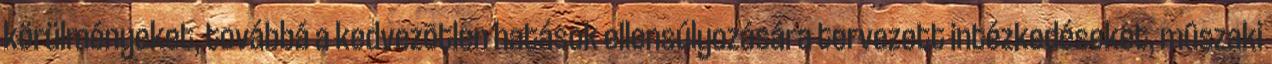
körülményeket, továbbá a kedvezõtlen hatások ellensúlyozására tervezett intézkedéseket, mûszaki